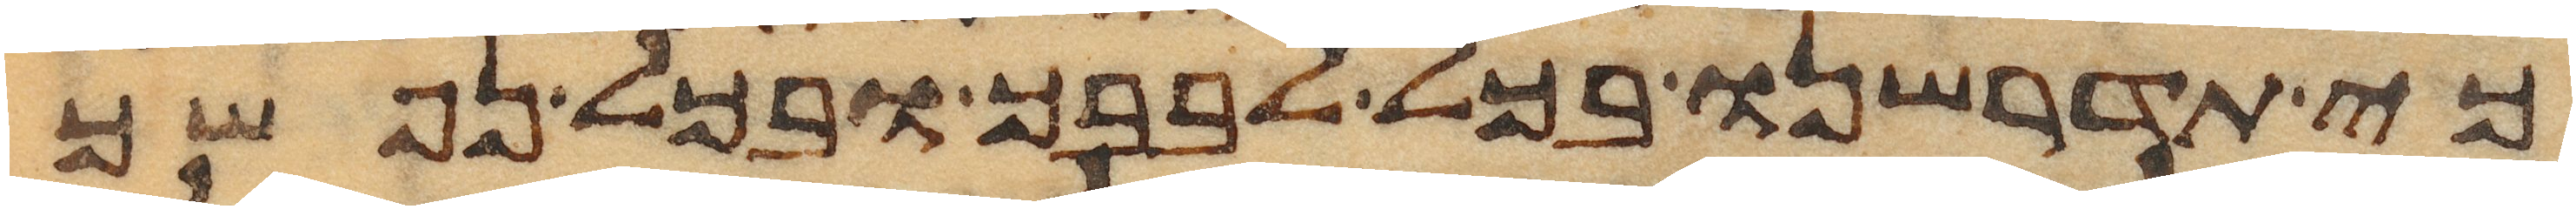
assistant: כי תדרשנו בכל לבבך ובכל נפשך